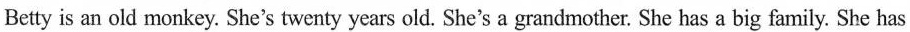
Betty is an old monkey. She's twenty years old. She's a grandmother. She has